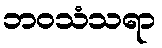
ဘဝသံသရာ